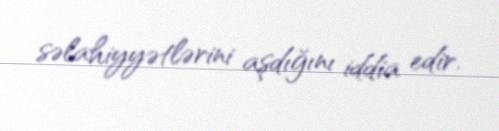
səlahiyyətlərini aşdığını iddia edir.